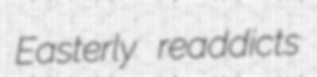
Easterly readdicts